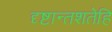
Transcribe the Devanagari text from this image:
दृष्टान्तशतेहि